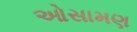
ઓસામણ